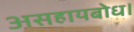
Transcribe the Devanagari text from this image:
असहायबोध।